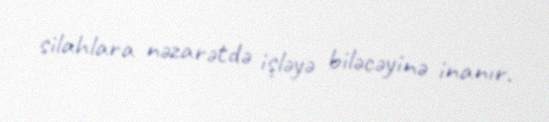
silahlara nəzarətdə işləyə biləcəyinə inanır.